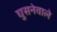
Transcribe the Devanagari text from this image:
घुसनेवाले